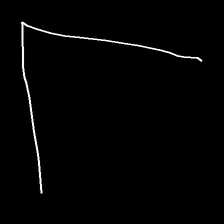
Glyph: region